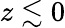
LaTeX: z\lesssim 0